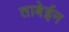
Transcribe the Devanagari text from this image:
ताबेईन